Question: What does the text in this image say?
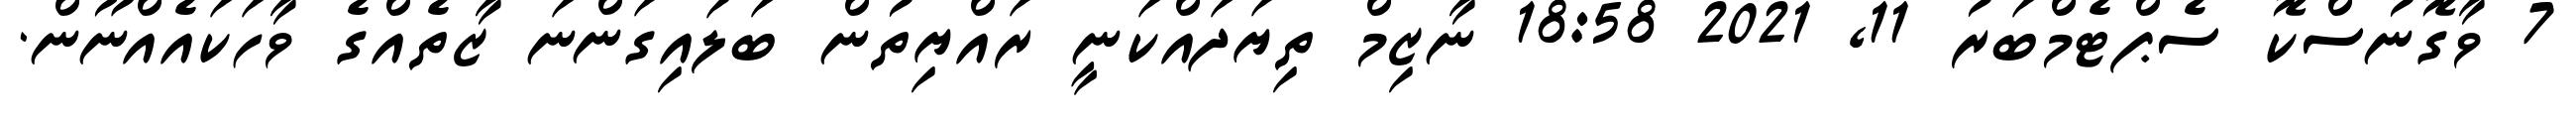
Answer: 7 ވާގޮނުސްކޮ ސެޕްޓެމްބަރު 11, 2021 18:58 ނާޒިމް ތިޔަދައްކަނީ ރައްޔިތުން ބަލައިގަންނަ ޒާތެއްގެ ވާހަކައެއްނޫން.